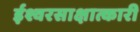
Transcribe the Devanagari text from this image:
ईश्वरसाक्षात्कारी